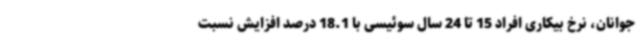
جوانان، نرخ بیکاری افراد 15 تا 24 سال سوئیسی با 18.1 درصد افزایش نسبت